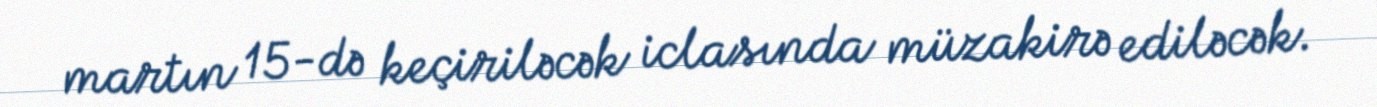
martın 15-də keçiriləcək iclasında müzakirə ediləcək.